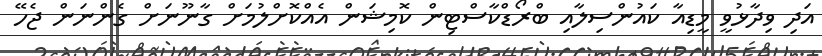
އަދި ވިދާޅުވީ މީޑިއާ ކައުންސިލާއި ބްރޯޑްކާސްޓިން ކޮމިޝަން އެއްކޮށްލުމަށް ގާނޫނަށް ގެންނަން ޖެހޭ